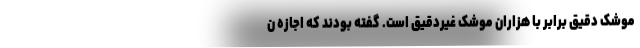
موشک دقیق برابر با هزاران موشک غیردقیق است. گفته بودند که اجازه ن